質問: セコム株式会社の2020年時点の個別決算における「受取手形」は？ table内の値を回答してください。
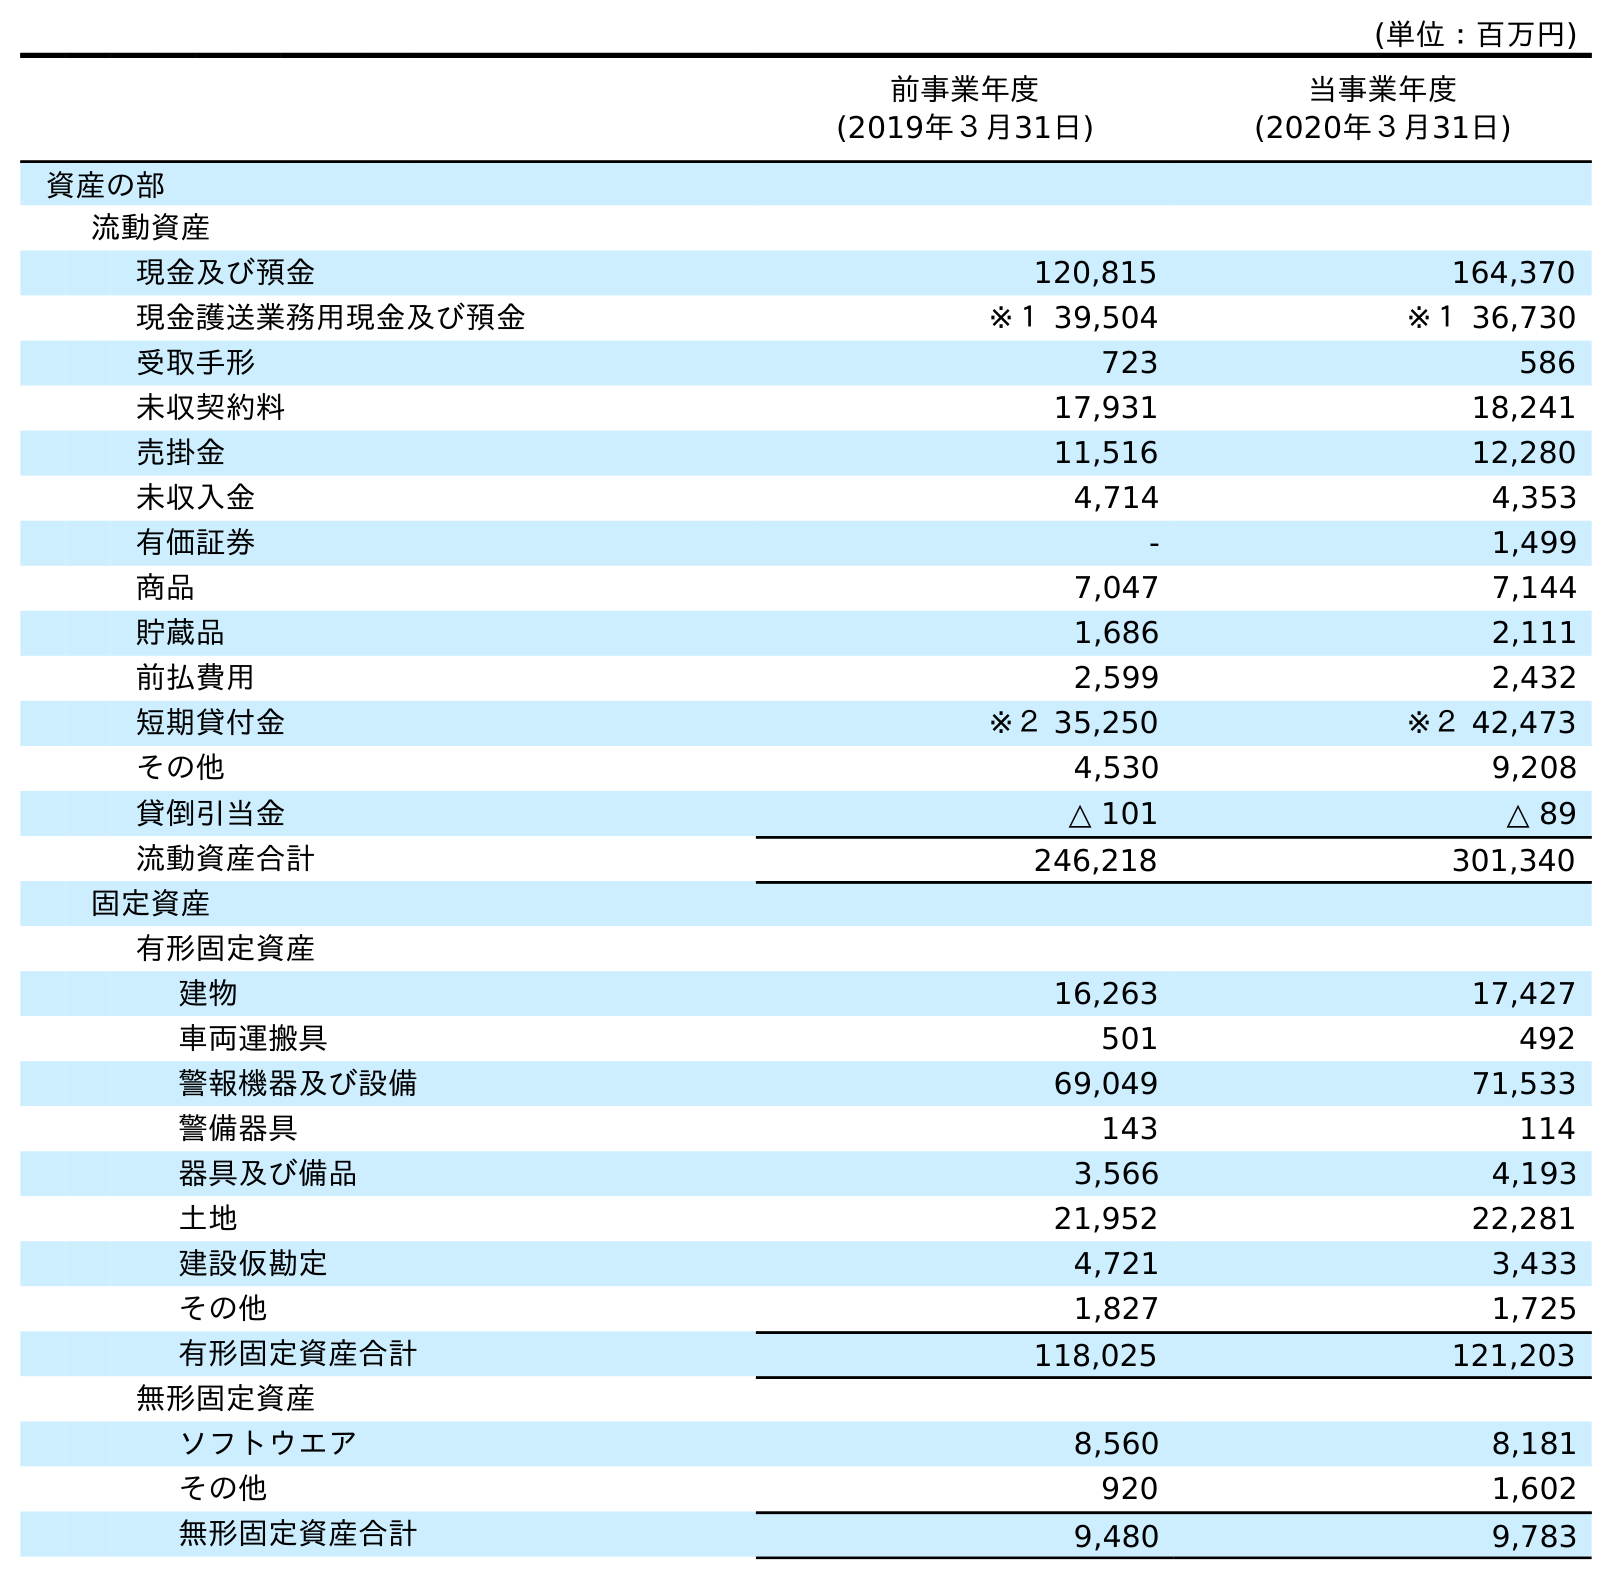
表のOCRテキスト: (単位：百万円) 前事業年度 (2019年３月31日) 当事業年度 (2020年３月31日) 資産の部 流動資産 現金及び預金 120,815 164,370 現金護送業務用現金及び預金 ※１ 39,504 ※１ 36,730 受取手形 723 586 未収契約料 17,931 18,241 売掛金 11,516 12,280 未収入金 4,714 4,353 有価証券 - 1,499 商品 7,047 7,144 貯蔵品 1,686 2,111 前払費用 2,599 2,432 短期貸付金 ※２ 35,250 ※２ 42,473 その他 4,530 9,208 貸倒引当金 △ 101 △ 89 流動資産合計 246,218 301,340 固定資産 有形固定資産 建物 16,263 17,427 車両運搬具 501 492 警報機器及び設備 69,049 71,533 警備器具 143 114 器具及び備品 3,566 4,193 土地 21,952 22,281 建設仮勘定 4,721 3,433 その他 1,827 1,725 有形固定資産合計 118,025 121,203 無形固定資産 ソフトウエア 8,560 8,181 その他 920 1,602 無形固定資産合計 9,480 9,783
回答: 586